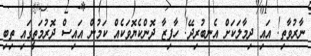
ނާރުވާތި! އައި ދިމާލަކަށް އެނބުރިދޭ! ހާފިޒާ ދޮންކެޔޮވަކެއް ކަމުން އައިސް ދޮރުމަތީގައި ތިބި